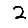
Digit: 2